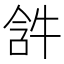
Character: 𤙣